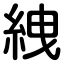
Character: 絏